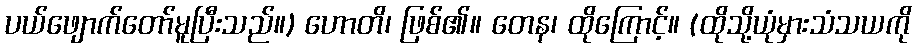
ပယ်ဖျောက်တော်မူပြီးသည်။) ဟောတိ၊ ဖြစ်၏။ တေန၊ ထိုကြောင့်။ (ထိုသို့ယုံမှားသံသယကို